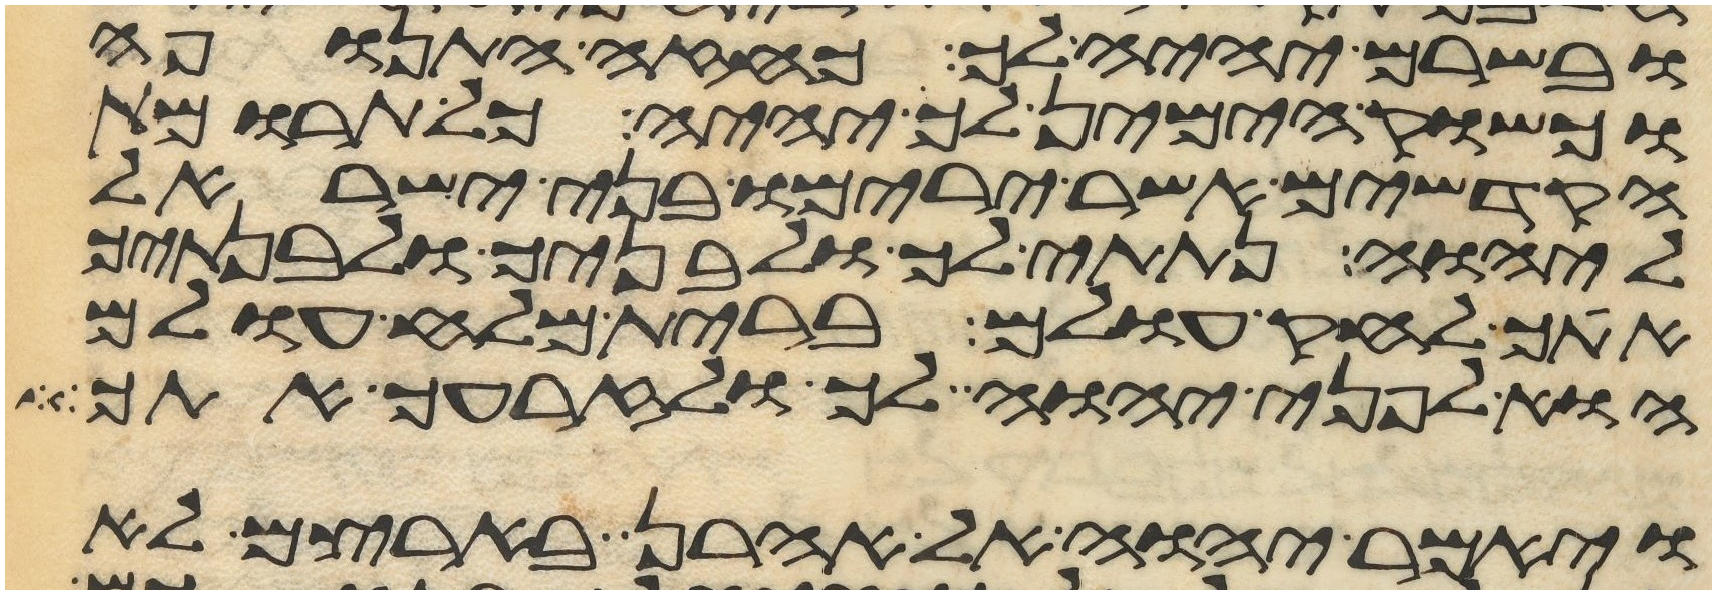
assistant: ובשרם יהיה לך כחזה התנופה
וכשוק הימין לך יהיה כל תרומת
הקדשים אשר ירימו בני ישראל
ליהוה נתתי לך ולבניך ולבנתיך
אתך לחק עולם ברית מלח עולם
הוא לפני יהוה לך ולזרעך אתך
ויאמר יהוה אל אהרן בארצם לא